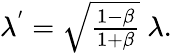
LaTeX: \begin{array}{r}{\lambda^{'}=\sqrt{\frac{1-\beta}{1+\beta}}\ \lambda.}\end{array}